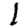
Digit: 1